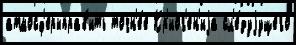
атмосф'ерыправ'ить точн'е́е Кр'иог'ен'иjа сл'е́дуjущего